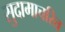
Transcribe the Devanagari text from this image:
सुदामाचरित